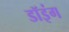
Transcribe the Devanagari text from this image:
डॉइंग